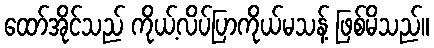
ထော်အိုင်သည် ကိုယ့်လိပ်ပြာကိုယ်မသန့် ဖြစ်မိသည်။